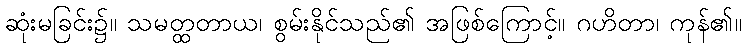
ဆုံးမခြင်း၌။ သမတ္ထတာယ၊ စွမ်းနိုင်သည်၏ အဖြစ်ကြောင့်။ ဂဟိတာ၊ ကုန်၏။